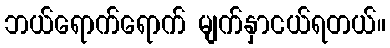
ဘယ်ရောက်ရောက် မျက်နှာငယ်ရတယ်။